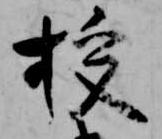
授